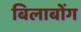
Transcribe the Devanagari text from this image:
बिलाबोंग